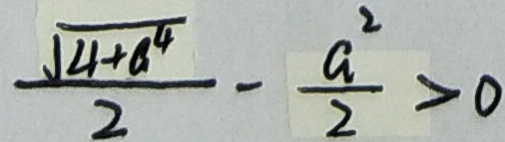
\frac { \sqrt { 4 + a ^ { 4 } } } { 2 } - \frac { a ^ { 2 } } { 2 } > 0